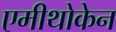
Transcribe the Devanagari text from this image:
एमीथोकेन